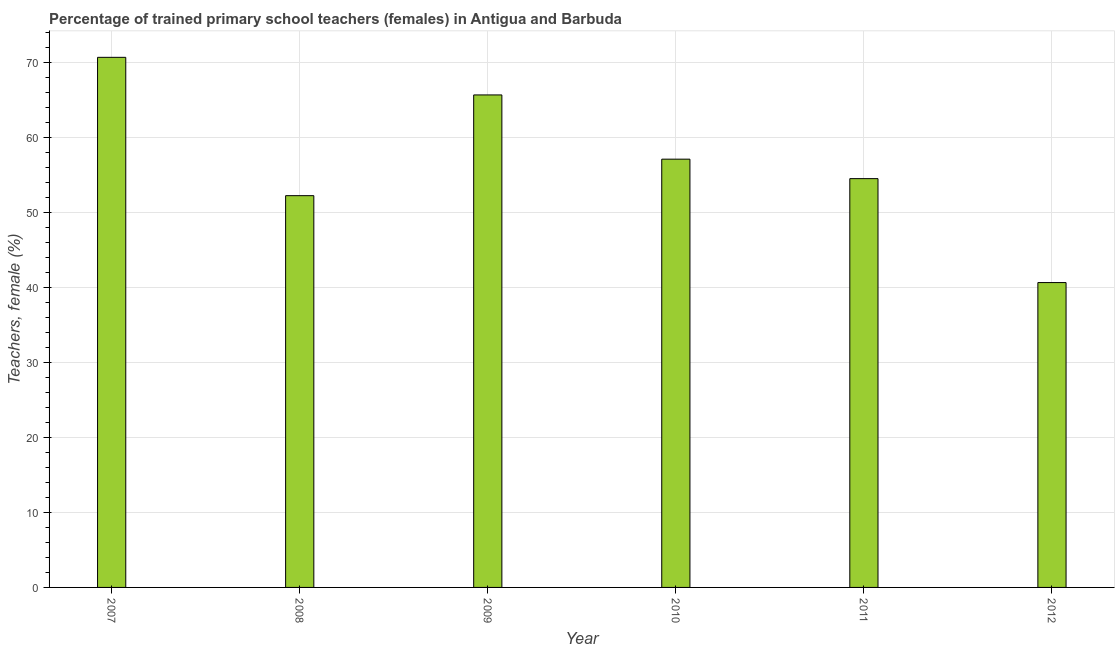
| Year | Trained teachers female |
 | --- | --- |
 | 2007 | 70.7 |
 | 2008 | 52.3 |
 | 2009 | 65.7 |
 | 2010 | 57.1 |
 | 2011 | 54.5 |
 | 2012 | 40.7 |